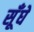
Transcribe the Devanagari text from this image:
सूँघे